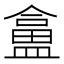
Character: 𥂜